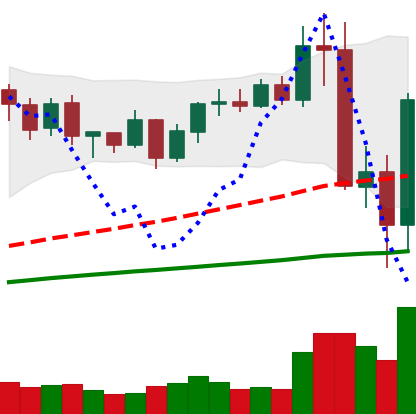
Ticker: BNB-USD
Chart end date: 2020-09-06
Forward return: 9.748%
Label: up_7plus